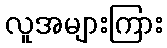
လူအများကြား